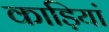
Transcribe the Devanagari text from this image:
काड़ियां